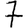
Digit: 7